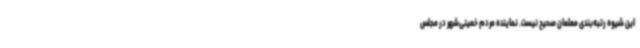
این شیوه رتبه‌بندی معلمان صحیح نیست. نماینده مردم خمینی‌شهر در مجلس